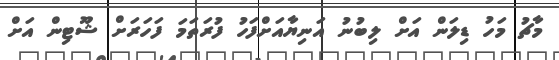
މާޗު މަހު ޑިލަން އަށް ލިބުނު އަނިޔާއަށްފަހު ފުރަތަމަ ފަހަރަށް ޝޫޓިން އަށް